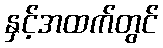
နှင့်အထက်တွင်